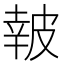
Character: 𤿹